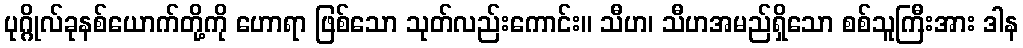
ပုဂ္ဂိုလ်ခုနစ်ယောက်တို့ကို ဟောရာ ဖြစ်သော သုတ်လည်းကောင်း။ သီဟ၊ သီဟအမည်ရှိသော စစ်သူကြီးအား ဒါန